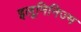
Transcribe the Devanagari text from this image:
इलूमिनिज्म